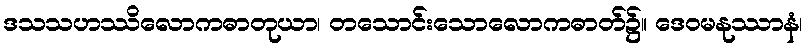
ဒသသဟဿိလောကဓာတုယာ၊ တသောင်းသောလောကဓာတ်၌။ ဒေဝမနုဿာနံ၊